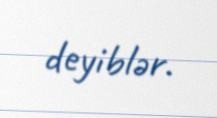
deyiblər.